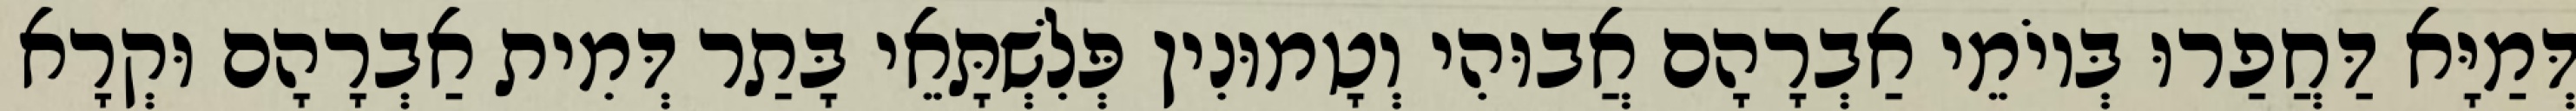
דְּמַיָּא דַּחֲפַרוּ בְּיוֹמֵי אַבְרָהָם אֲבוּהִי וְטָמוּנִין פְּלִשְׁתָּאֵי בָּתַר דְּמִית אַבְרָהָם וּקְרָא